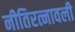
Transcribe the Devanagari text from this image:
नीतिरत्नावली